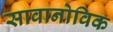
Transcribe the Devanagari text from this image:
सावानोविक